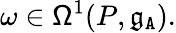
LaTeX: \omega\in\mathsf{\Omega}^{1}(P,\mathfrak{g}_{\mathtt{A}}).